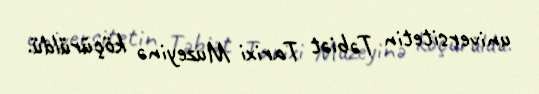
universitetin Təbiət Tarixi Muzeyinə köçürüldü.